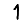
Digit: 1